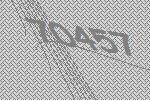
70457